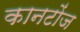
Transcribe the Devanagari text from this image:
कानटोंज